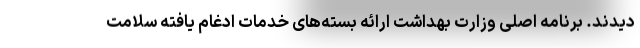
دیدند. برنامه اصلی وزارت بهداشت ارائه بسته‌های خدمات ادغام یافته سلامت